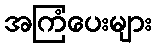
အကြံပေးများ